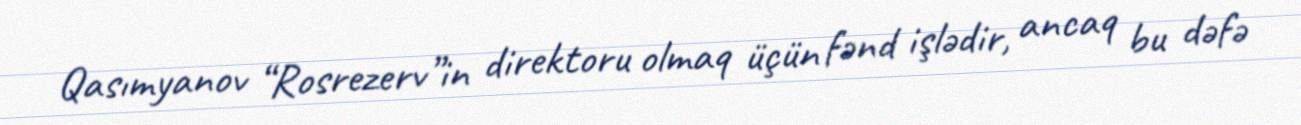
Qasımyanov “Rosrezerv”in direktoru olmaq üçün fənd işlədir, ancaq bu dəfə